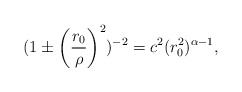
\begin{align*}(1\pm \left(\frac{r_{0}}{\rho}\right)^{2})^{-2} = c^2(r_{0}^{2})^{\alpha - 1},\end{align*}